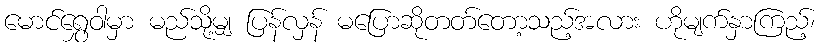
မောင်ရွှေဝါမှာ မည်သို့မျှ ပြန်လှန် မပြောဆိုတတ်တော့သည့်အလား ဟိုမျက်နှာကြည့်၊